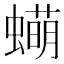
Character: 𬠫